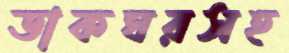
ডাকঘরসহ